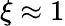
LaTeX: \xi\approx 1